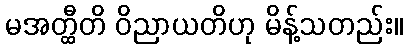
မအတ္ထီတိ ဝိညာယတိဟု မိန့်သတည်း။